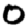
Digit: 0